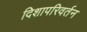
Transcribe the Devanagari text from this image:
दिशापरिवर्तन